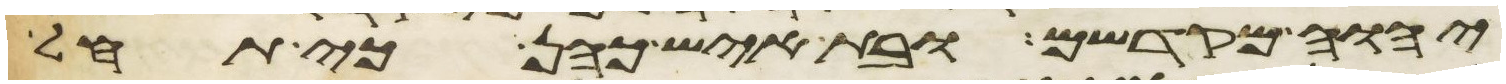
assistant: יהוה מקדשם ובת איש כהן כי תחל